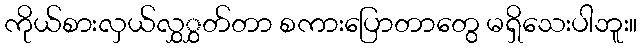
ကိုယ်စားလှယ်လွှွှတ်တာ စကားပြောတာတွေ မရှိသေးပါဘူး။